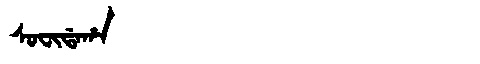
Manchu: ᠰᠣᠸᡳᡩᠠᡥᠠ
Romanization: SOFIDAHA